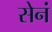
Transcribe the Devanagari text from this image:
सेनं